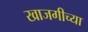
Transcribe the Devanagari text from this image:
खाजगीच्या